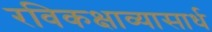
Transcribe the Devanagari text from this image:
रविकक्षाव्यासार्ध